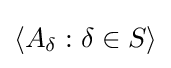
\left\langle A_{\delta }:\delta \in S\right\rangle